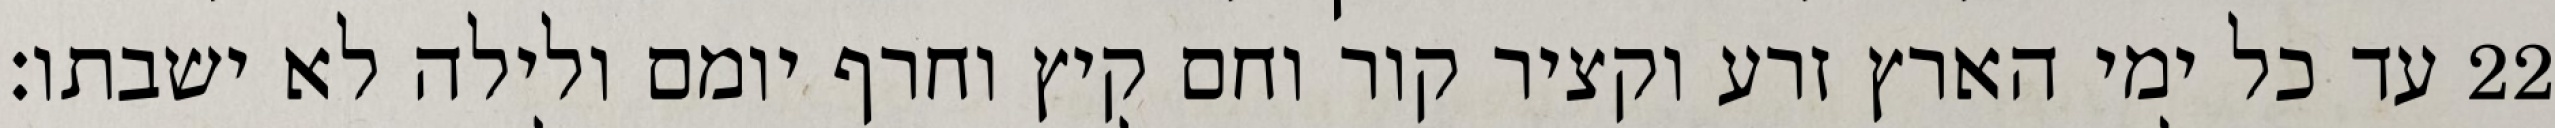
‎22‏ עד כל ימי הארץ זרע וקציר קור וחם קיץ וחרף יומם ולילה לא ישבתו׃